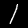
Digit: 1